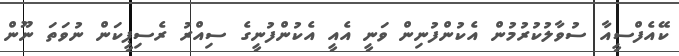
ކޭއެފްސީއާ ސުވާލުކުރުމުން އެކުންފުނިން ވަނީ އެއީ އެކުންފުނީގެ ސިއްރު ރެސިޕީކަން ނުވަތަ ނޫން